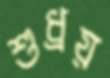
শুধ্‌রয়